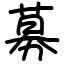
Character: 募